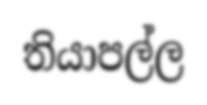
තියාපල්ල